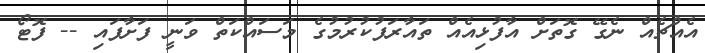
އެއްޗެއް ނެގޭ ގޮތަށް އާފުޅިއެއް ތައާރަފުކުރުމުގެ މަސައްކަތް ވަނީ ފަށާފައި -- ފޮޓޯ